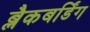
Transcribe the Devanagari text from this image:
ब्लैकबर्डिंग